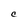
Character: C